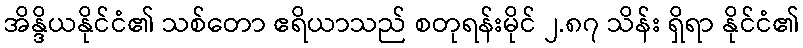
အိန္ဒိယနိုင်ငံ၏ သစ်တော ဧရိယာသည် စတုရန်းမိုင် ၂.၈၇ သိန်း ရှိရာ နိုင်ငံ၏